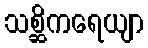
သစ္ဆိကရေယျာ